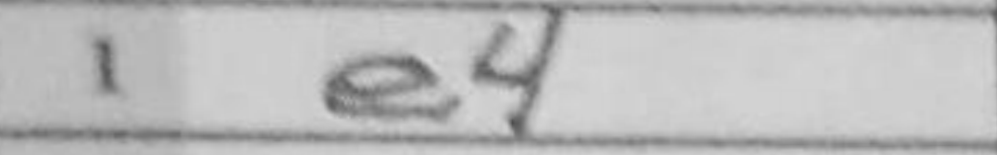
Transcription: e4